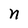
Character: n